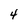
Character: 4